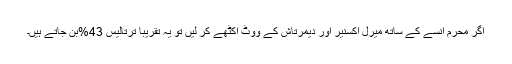
اگر محرم انسے کے ساتھ میرل اکسنیر اور دیمرتاش کے ووٹ اکٹھے کر لیں تو یہ تقریباً ترتالیس 43%بن جاتے ہیں۔